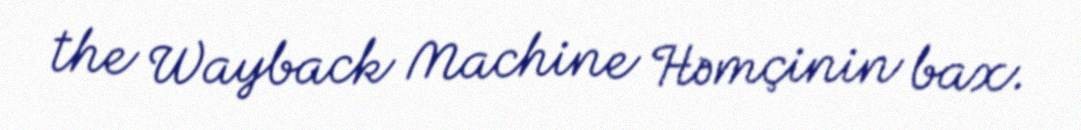
the Wayback Machine Həmçinin bax.